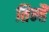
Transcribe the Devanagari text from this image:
तिन्‍हैं